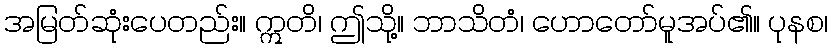
အမြတ်ဆုံးပေတည်း။ ဣတိ၊ ဤသို့။ ဘာသိတံ၊ ဟောတော်မူအပ်၏။ ပုနစ၊